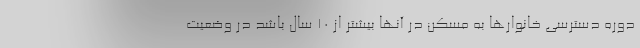
دوره دسترسی خانوارها به مسکن در آنها بیشتر از ۱۰ سال باشد در وضعیت